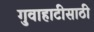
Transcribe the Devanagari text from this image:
गुवाहाटीसाठी